65_HS1-834228961_62-HQ-83894_Section_7
Agency: FBI
Page 157
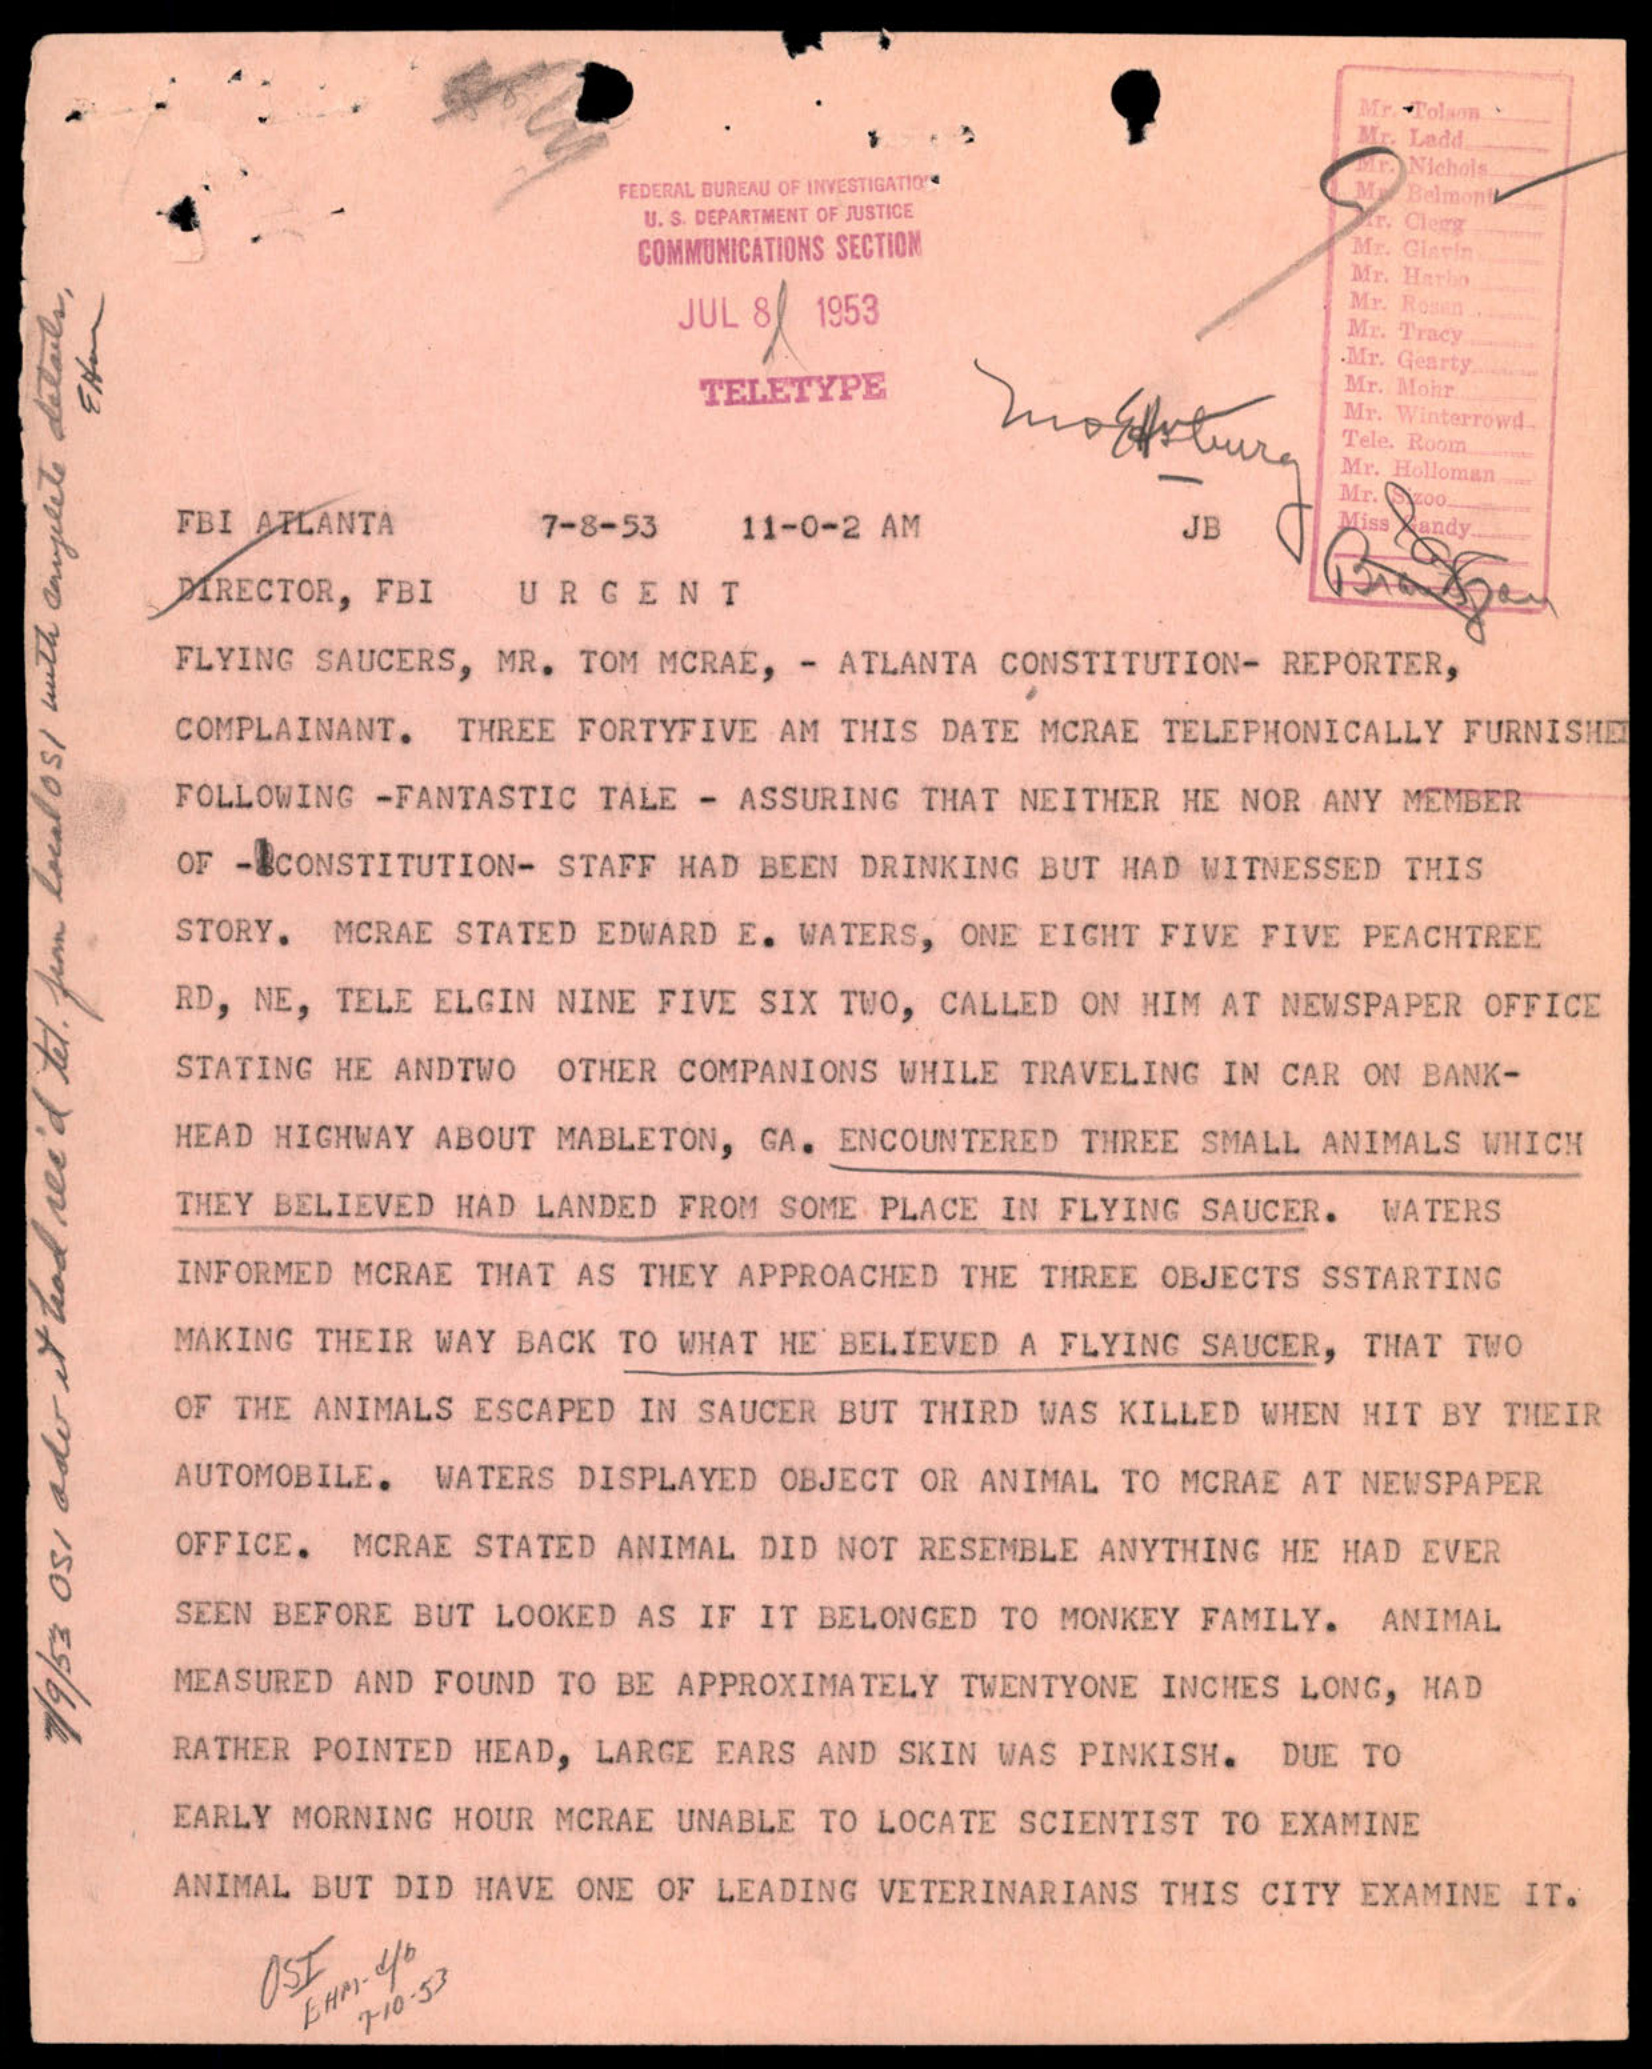